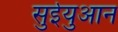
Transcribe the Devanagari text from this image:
सुईयुआन